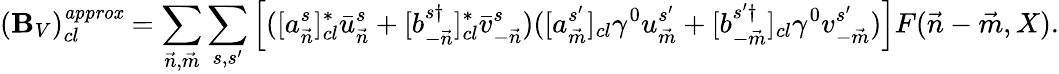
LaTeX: ({\cal\mathbf{B}}_{V})_{cl}^{\mathit{{approx}}}=\sum_{{\vec{{n}}},{\vec{{m}}}}\sum_{s,s^{\prime}}\left[([a_{\vec{{n}}}^{s}]_{cl}^{*}\bar{{u}}_{\vec{{n}}}^{s}+[b_{-{\vec{{n}}}}^{s\dagger}]_{cl}^{*}\bar{{v}}_{-{\vec{{n}}}}^{s})([a_{\vec{{m}}}^{s^{\prime}}]_{cl}\gamma^{0}u_{\vec{{m}}}^{s^{\prime}}+[b_{-{\vec{{m}}}}^{s^{\prime}\dagger}]_{cl}\gamma^{0}v_{-{\vec{{m}}}}^{s^{\prime}})\right]F({\vec{{n}}}-{\vec{{m}}},X).